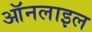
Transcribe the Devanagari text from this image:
ऑनलाइल